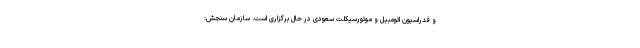
و فدراسیون اتومبیل و موتورسیکلت سعودی در حال برگزاری است. سازمان سنجش: